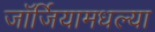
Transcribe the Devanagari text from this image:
जॉर्जियामधल्या